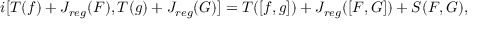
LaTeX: i [ { \cal T } ( f ) + { \cal J } _ { r e g } ( F ) , { \cal T } ( g ) + { \cal J } _ { r e g } ( G ) ] = { \cal T } ( [ f , g ] ) + { \cal J } _ { r e g } ( [ F , G ] ) + S ( F , G ) ,